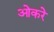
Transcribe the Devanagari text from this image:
ओकरे